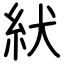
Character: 紎